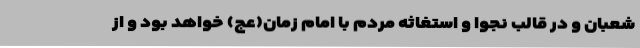
شعبان و در قالب نجوا و استغاثه مردم با امام زمان(عج) خواهد بود و از